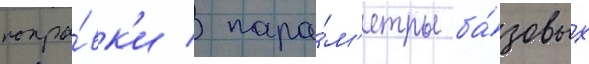
попра́вк'и / пара́м'етры ба́зовых